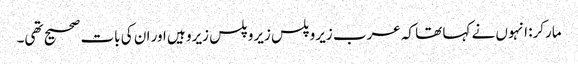
مارکر: انہوں نے کہا تھا کہ عرب زیرو پلس زیرو پلس زیرو ہیں اور ان کی بات صحیح تھی۔